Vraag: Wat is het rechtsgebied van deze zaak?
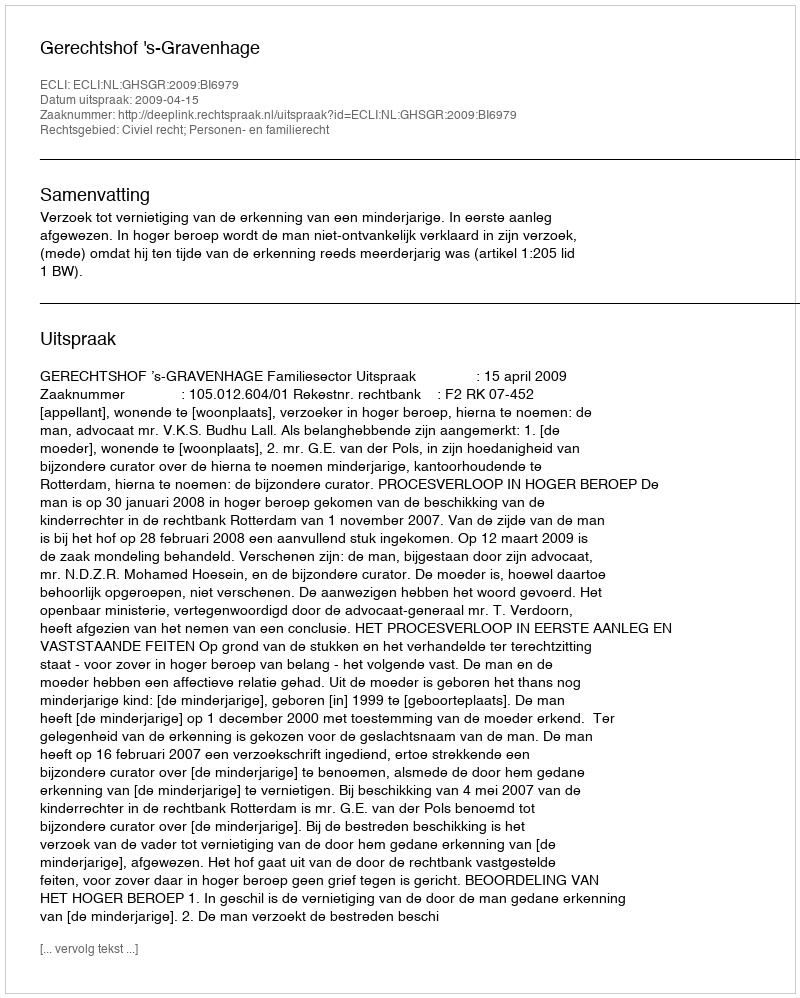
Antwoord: Civiel recht; Personen- en familierecht